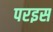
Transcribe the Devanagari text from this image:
परइस